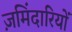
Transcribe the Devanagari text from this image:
ज़मिंदारियों